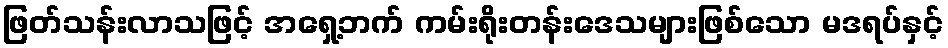
ဖြတ်သန်းလာသဖြင့် အရှေ့ဘက် ကမ်းရိုးတန်းဒေသများဖြစ်သော မဒရပ်နှင့်